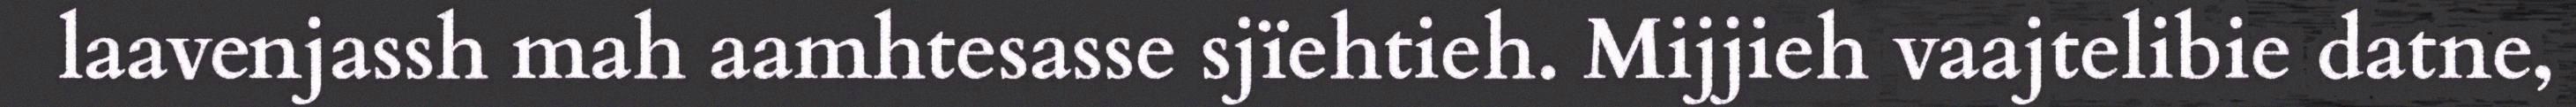
laavenjassh mah aamhtesasse sjïehtieh. Mijjieh vaajtelibie datne,